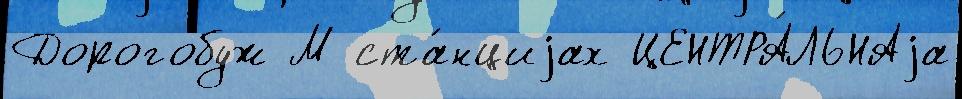
Дорогобуж М ста́нциjах ЦЕНТРА́ЛЬНАjа